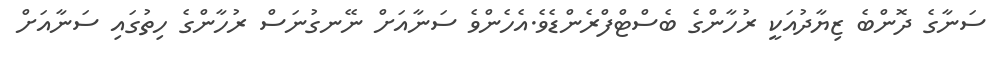
ސަނާގެ ދޮންބެ ޒިޔާދުއަކީ ރުހާންގެ ބެސްޓްފްރެންޑެވެ.އެހެންވެ ސަނާއަށް ނޭނގުނަސް ރުހާންގެ ހިތުގައި ސަނާއަށް